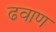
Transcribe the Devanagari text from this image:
ढवाण